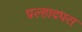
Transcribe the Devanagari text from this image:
प्रल्हादपरा